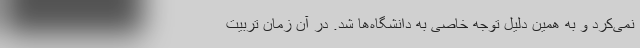
نمی‌کرد و به همین دلیل توجه خاصی به دانشگاه‌ها شد. در آن زمان تربیت